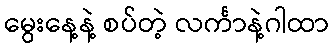
မွေးနေ့နဲ့ စပ်တဲ့ လင်္ကာနဲ့ဂါထာ